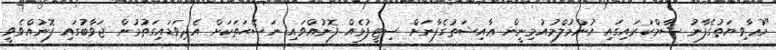
"މުޢާވިޔަތުގެފާނު ޝާމްކަރައިގައި އުންމުލްމުއުމިނީން ޢާއިޝަތުގެފާނަށް ސިޓީފުޅެއް ފޮނުއްވައި ނަޞޭޙަތަކަށް އެދިވަޑައިގަތުމުން ޖަވާބުގައި ފޮނުއްވެވީ